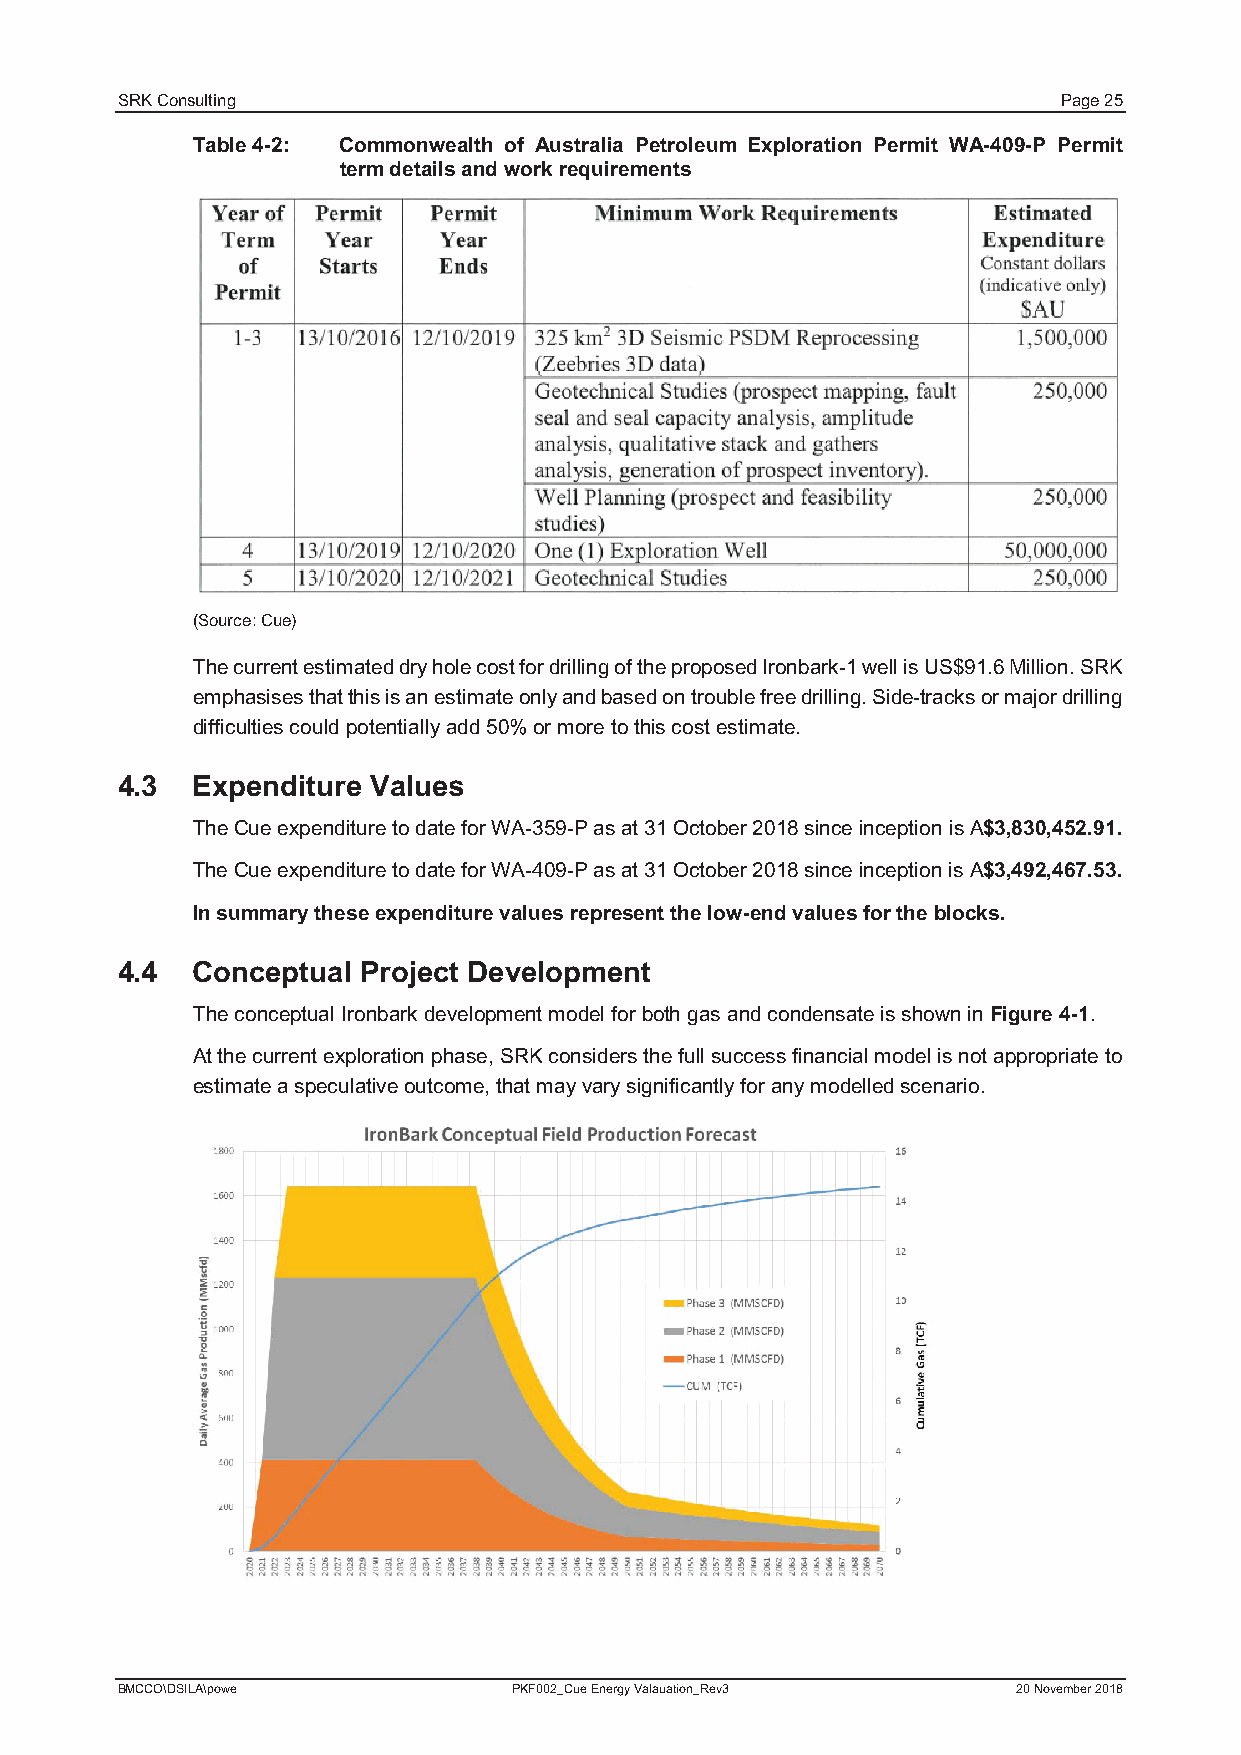
SRK Consulting                                                Page 25
 Table 4-2: Commonwealth of Australia Petroleum Exploration Permit WA-409-P Permit
 term details and work requirements
 (Source:Cue)
 The current estimated dry hole cost fordrillingof the proposed Ironbark-1well is US$91.6 Million.SRK
 emphasises that this is an estimate only and based on trouble free drilling. Side-tracks or major drilling
 difficulties could potentially add 50% or more to this cost estimate.
 4.3  Expenditure Values
 The Cue expenditure to datefor WA-359-Pas at 31October 2018 since inception isA$3,830,452.91.
 The Cue expenditure to date for WA-409-Pas at 31October 2018 since inception is A$3,492,467.53.
 In summary theseexpenditure values represent the low-end values for the blocks.
 4.4  Conceptual Project Development
 The conceptual Ironbark development model for both gas and condensate is shown in Figure 4-1.
 At the current exploration phase,SRK considersthe full success financial model is not appropriate to
 estimate a speculative outcome,that may vary significantly for any modelled scenario.
 BMCCO\DSILA\powe          PKF002_Cue Energy Valauation_Rev3 20 November 2018